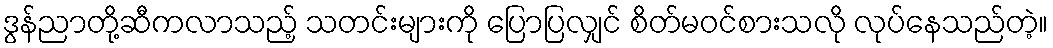
ဒွန်ညာတို့ဆီကလာသည့် သတင်းများကို ပြောပြလျှင် စိတ်မဝင်စားသလို လုပ်နေသည်တဲ့။